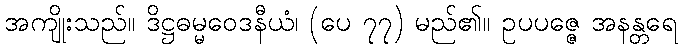
အကျိုးသည်။ ဒိဋ္ဌဓမ္မဝေဒနီယံ၊ (ပေ ၇၇) မည်၏။ ဥပပဇ္ဇေ အနန္တရေ